Leprosy in India: report of the Leprosy Commission in India, 1890-91
Year: 1890
Disease focus: Leprosy
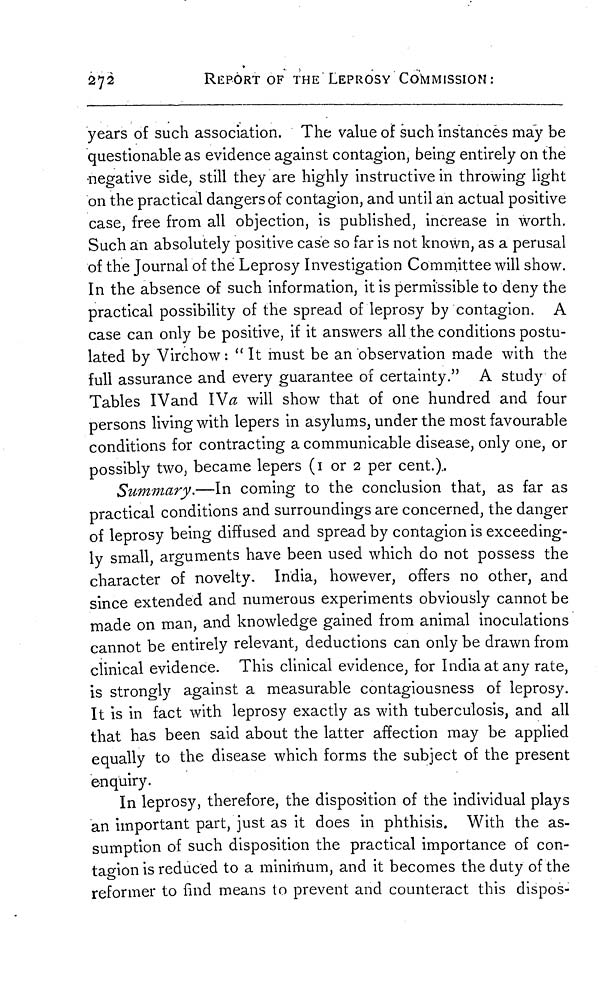
272
REPORT OF THE LEPROSY COMMISSION:
years of such association. The value of such instances may be
questionable as evidence against contagion, being entirely on the
•negative side, still they are highly instructive in throwing light
on the practical dangers of contagion, and until an actual positive
case, free from all objection, is published, increase in worth.
Such an absolutely positive case so far is not known, as a perusal
of the Journal of the Leprosy Investigation Committee will show.
In the absence of such information, it is permissible to deny the
practical possibility of the spread of leprosy by contagion. A
case can only be positive, if it answers all the conditions postu-
lated by Virchow : " It must be an observation made with the
full assurance and every guarantee of certainty." A study of
Tables IV and IVa will show that of one hundred and four
persons living with lepers in asylums, under the most favourable
conditions for contracting a communicable disease, only one, or
possibly two, became lepers (1 or 2 per cent.)..
Summary.—In coming to the conclusion that, as far as
practical conditions and surroundings are concerned, the danger
of leprosy being diffused and spread by contagion is exceeding-
ly small, arguments have been used which do not possess the
character of novelty. India, however, offers no other, and
since extended and numerous experiments obviously cannot be
made on man, and knowledge gained from animal inoculations
cannot be entirely relevant, deductions can only be drawn from
clinical evidence. This clinical evidence, for India at any rate,
is strongly against a measurable contagiousness of leprosy.
It is in fact with leprosy exactly as with tuberculosis, and all
that has been said about the latter affection may be applied
equally to the disease which forms the subject of the present
enquiry.
In leprosy, therefore, the disposition of the individual plays
an important part, just as it does in phthisis. With the as-
sumption of such disposition the practical importance of con-
tagion is reduced to a minimum, and it becomes the duty of the
reformer to find means to prevent and counteract this dispos-